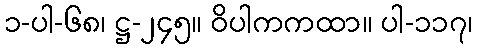
၁-ပါ-၆၈၊ ဋ္ဌ-၂၄၅။ ဝိပါကကထာ။ ပါ-၁၁၇၊